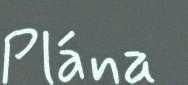
Plána